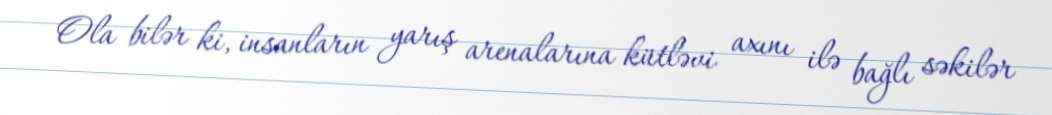
Ola bilər ki, insanların yarış arenalarına kütləvi axını ilə bağlı səkilər